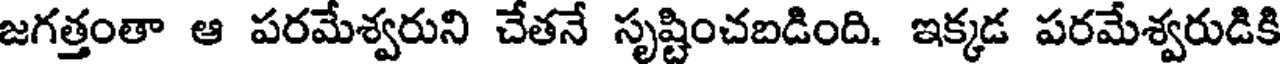
జగత్తంతా ఆ పరమేశ్వరుని చేతనే సృష్టించబడింది. ఇక్కడ పరమేశ్వరుడికి